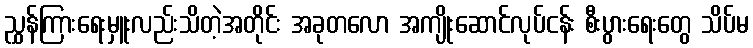
ညွှန်ကြားရေးမှူးလည်းသိတဲ့အတိုင်း အခုတလော အကျိုးဆောင်လုပ်ငန်း စီးပွားရေးတွေ သိပ်မ